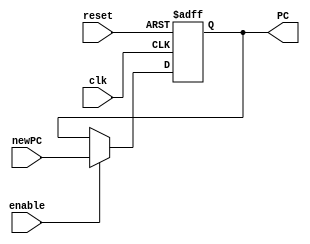
module ProgramCounter(
    input clk,            // Clock signal
    input reset,          // Asynchronous reset signal
    input enable,         // Enable signal to increment or load the PC
    input [31:0] newPC,   // Input for loading a new PC value
    output reg [31:0] PC  // Current PC value
);

// On every positive edge of the clock or an active-high reset signal
always @(posedge clk or posedge reset) begin
    if (reset) begin
        // Asynchronously reset the PC to 0
        PC <= 32'b0;
    end else if (enable) begin
        // If enabled, increment the PC by 4 (assuming 4-byte instruction width)
        // Alternatively, load a new value into the PC
        PC <= newPC;
    end
end

endmodule